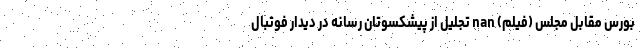
بورس مقابل مجلس (فیلم) nan تجلیل از پیشکسوتان رسانه در دیدار فوتبال